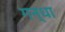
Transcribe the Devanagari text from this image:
गन्धा